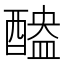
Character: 醠